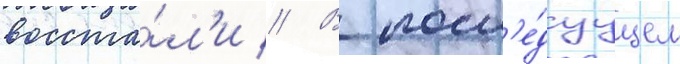
восста́л'и // В посл'е́дуущем